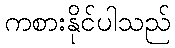
ကစားနိုင်ပါသည်